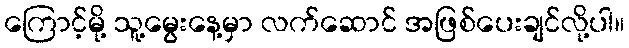
ကြောင့်မို့ သူ့မွေးနေ့မှာ လက်ဆောင် အဖြစ်ပေးချင်လို့ပါ။